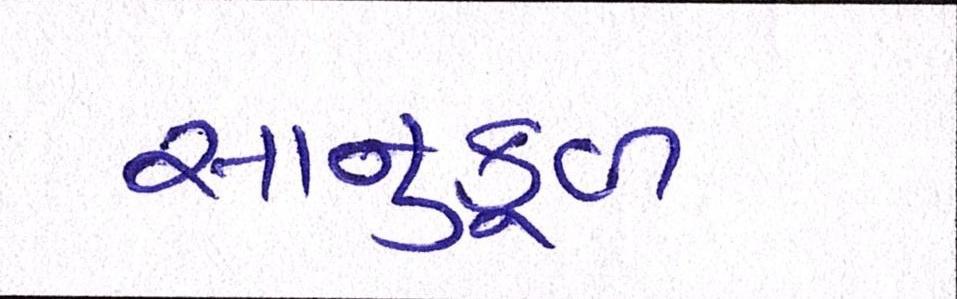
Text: સાનુકૂળ